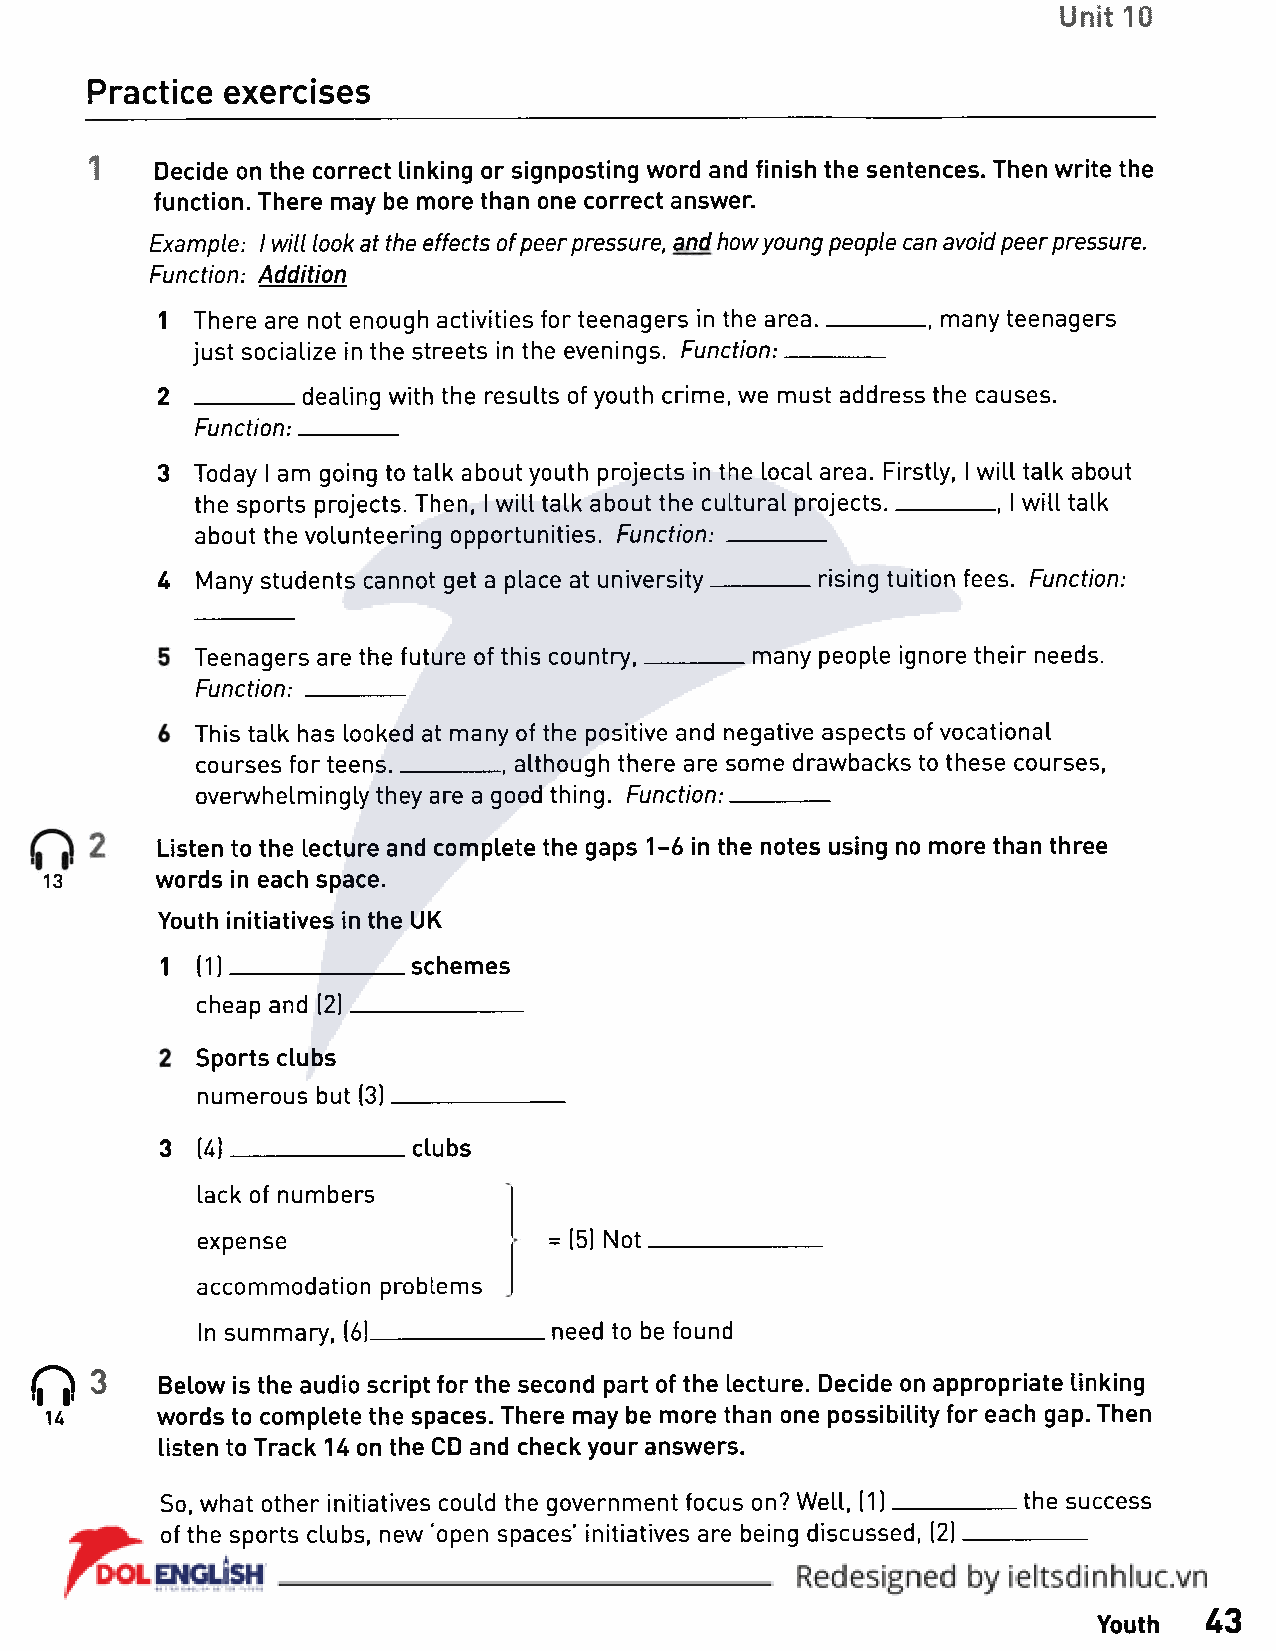
Unit 10
 Practice exercises
 1
 Decide on the correct linking or signposting word and finish the sentences. Then write the
 function. There may be more than one correct answer.
 Example: I will look at the effects of peer pressure, and how young people can avoid peer pressure.
 Function: Addition
 1  There are not enough activities for teenagers in the area---------------, many teenagers
 just socialize in the streets in the evenings. Function:________
 2  ________dealing with the results of youth crime, we must address the causes.
 Function:________
 3  Today I am going to talk about youth projects in the local area. Firstly, I will talk about
 the sports projects. Then, I will talk about the cultural projects---------------, I will talk
 about the volunteering opportunities. Function: --------------
 4  Many students cannot get a place at university________rising tuition fees. Function:
 Teenagers are the future of this country, many people ignore their needs.
 Function: ________
 This talk has looked at many of the positive and negative aspects of vocational
 courses for teens__________ although there are some drawbacks to these courses,
 overwhelmingly they are a good thing. Function:--------------
 Listen to the lecture and complete the gaps 1-6 in the notes using no more than three
 13     words in each space.
 Youth initiatives in the UK
 1 (1 ]______________schemes
 cheap and (2)
 Sports clubs
 numerous but (3)
 3 (4)           clubs
 lack of numbers
 expense                = (5) Not.
 accommodation problems
 In summary, (6]_________ need to be found
 0  3
 Below is the audio script for the second part of the lecture. Decide on appropriate linking
 H      words to complete the spaces. There may be more than one possibility for each gap. Then
 listen to Track 14 on the CD and check your answers.
 So, what other initiatives could the government focus on? Well, (1)--------- the success
 of the sports clubs, new 'open spaces’ initiatives are being discussed, (2)
 Youth  43